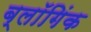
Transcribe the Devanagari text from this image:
ब्लॉगिंक